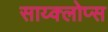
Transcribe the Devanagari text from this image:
साय्क्लोप्स